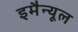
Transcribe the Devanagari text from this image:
इमैन्यूल